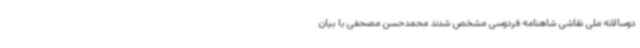
دوسالانه ملی نقاشی شاهنامه فردوسی مشخص شدند محمدحسن مصحفی با بیان